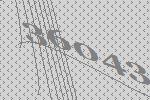
36043